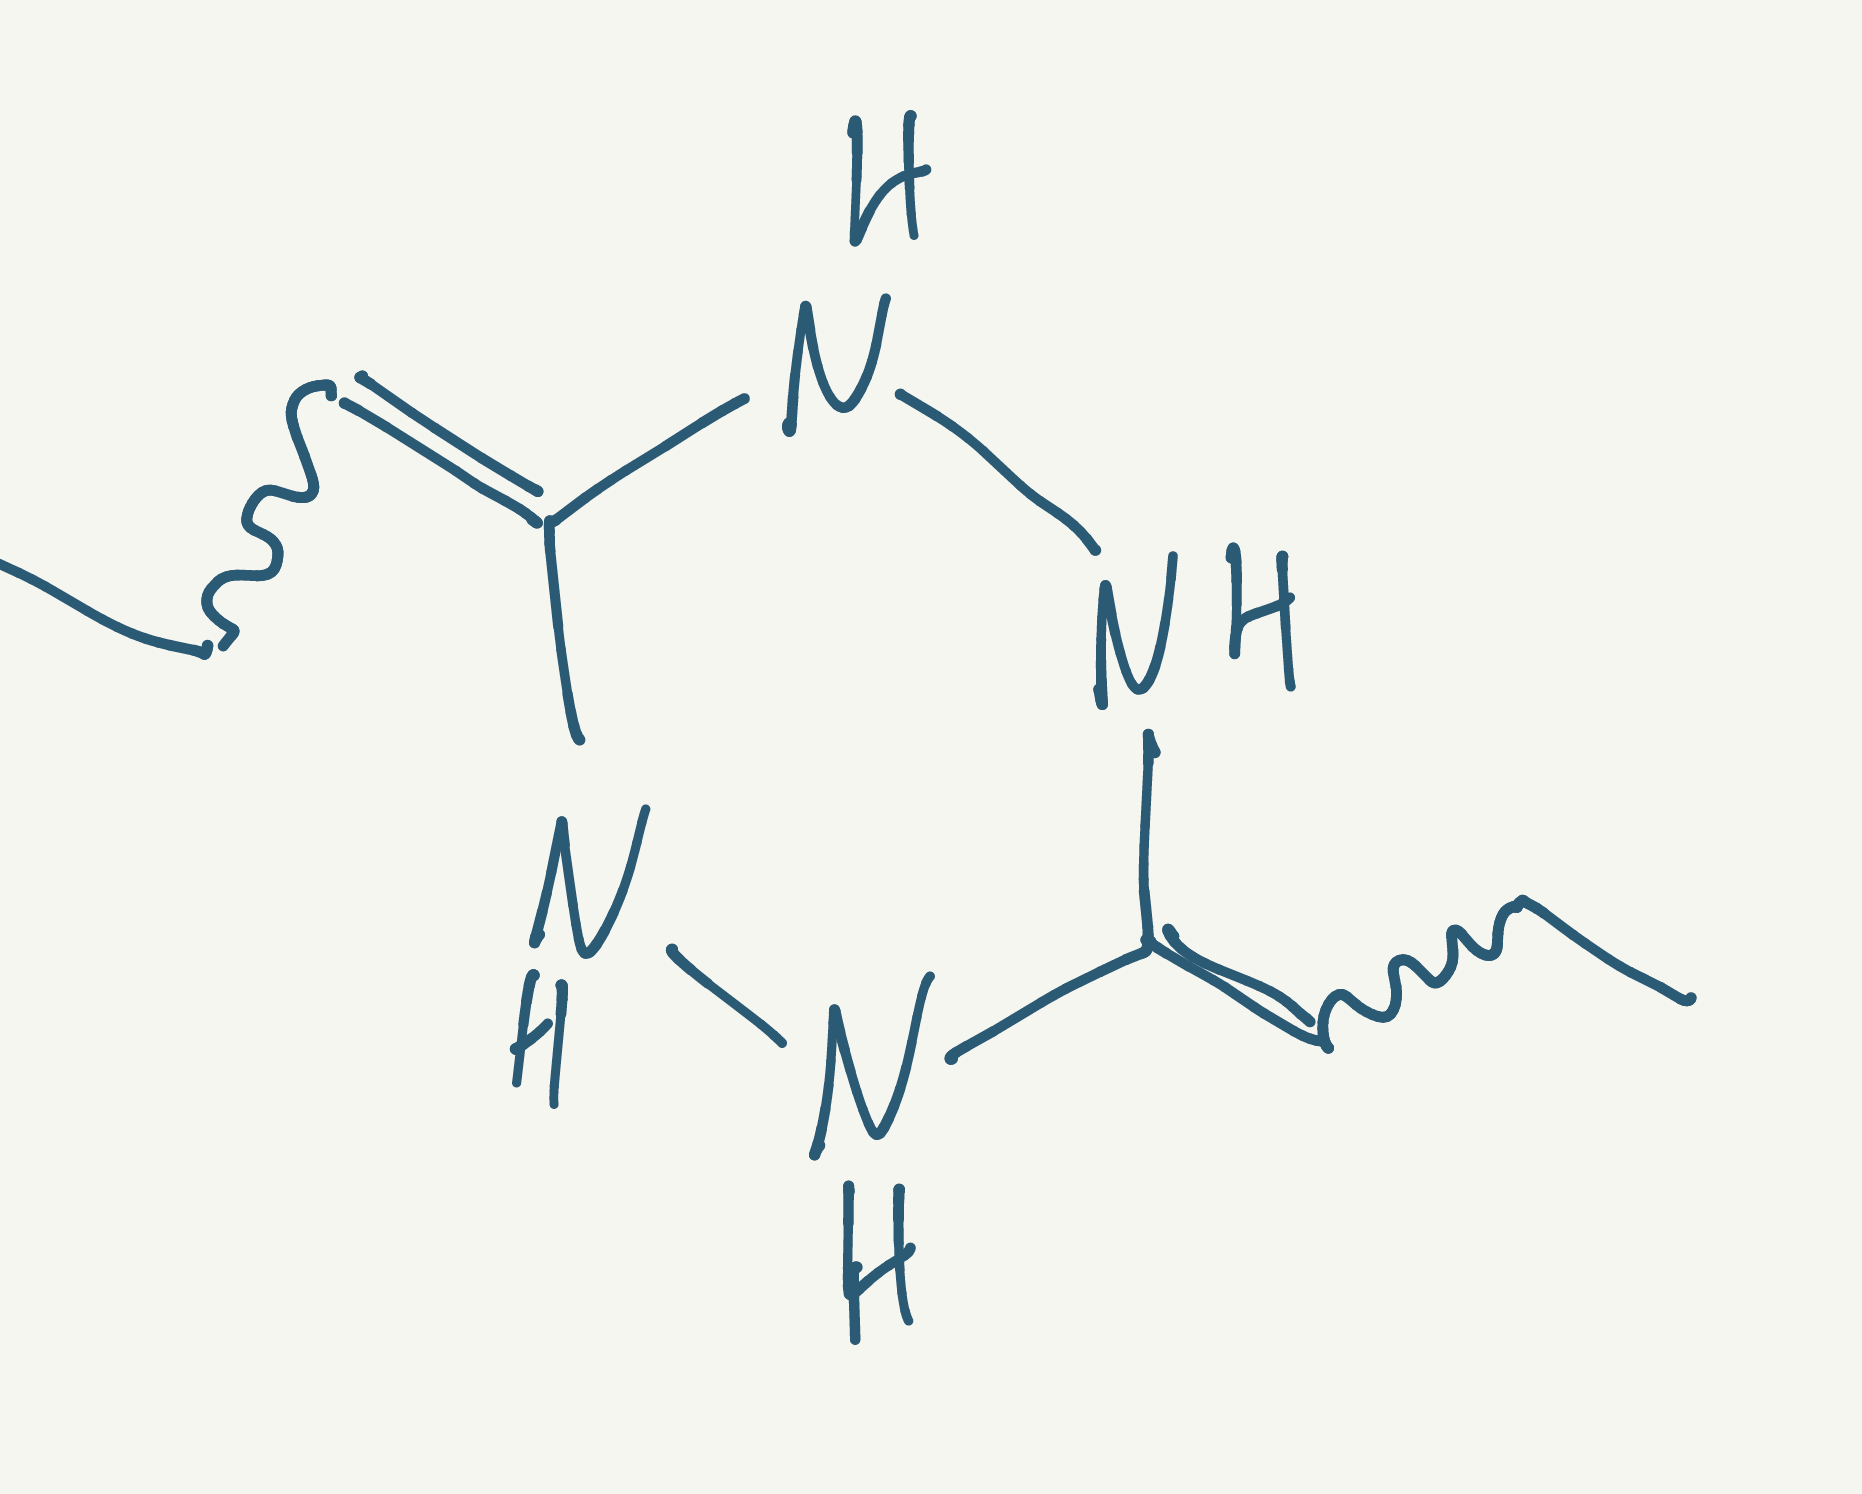
Simplified molecular-input line-entry system (SMILES) notation of the given molecule:
CCC=C1NNC(=CCC)NN1